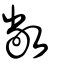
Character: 敞